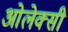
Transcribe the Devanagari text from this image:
ओलेक्सी